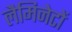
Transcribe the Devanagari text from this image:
लैमिनेटों